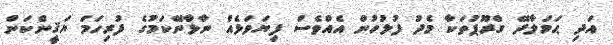
އަދި ޙަމަލާދޭ ގްރޫޕުތަކާ މެދު ފުލުހުން އެއްވެސް ފިޔަވަޅެއް ނާޅާނޭކަމުގެ ފުރިހަމަ ޔަޤީންކަން